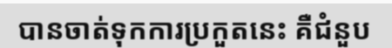
បានចាត់ទុកការប្រកួតនេះ គឺជំនួប